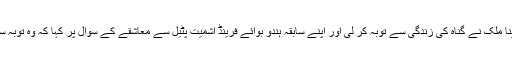
صد شکر کہ آخرکار وینا ملک نے گناہ کی زندگی سے توبہ کر لی اور اپنے سابقہ ہندو بوائے فرینڈ اشمیت پٹیل سے معاشقے کے سوال پر کہا کہ وہ توبہ سے پہلے کا ماضی تھا ۔